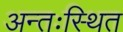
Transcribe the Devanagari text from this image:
अन्तःस्थित